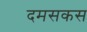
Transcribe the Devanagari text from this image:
दमसकस